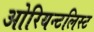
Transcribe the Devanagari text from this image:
ओरियन्टलिस्ट